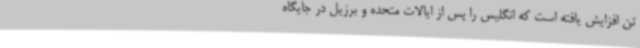
تن افزایش یافته است که انگلیس را پس از ایالات متحده و برزیل در جایگاه